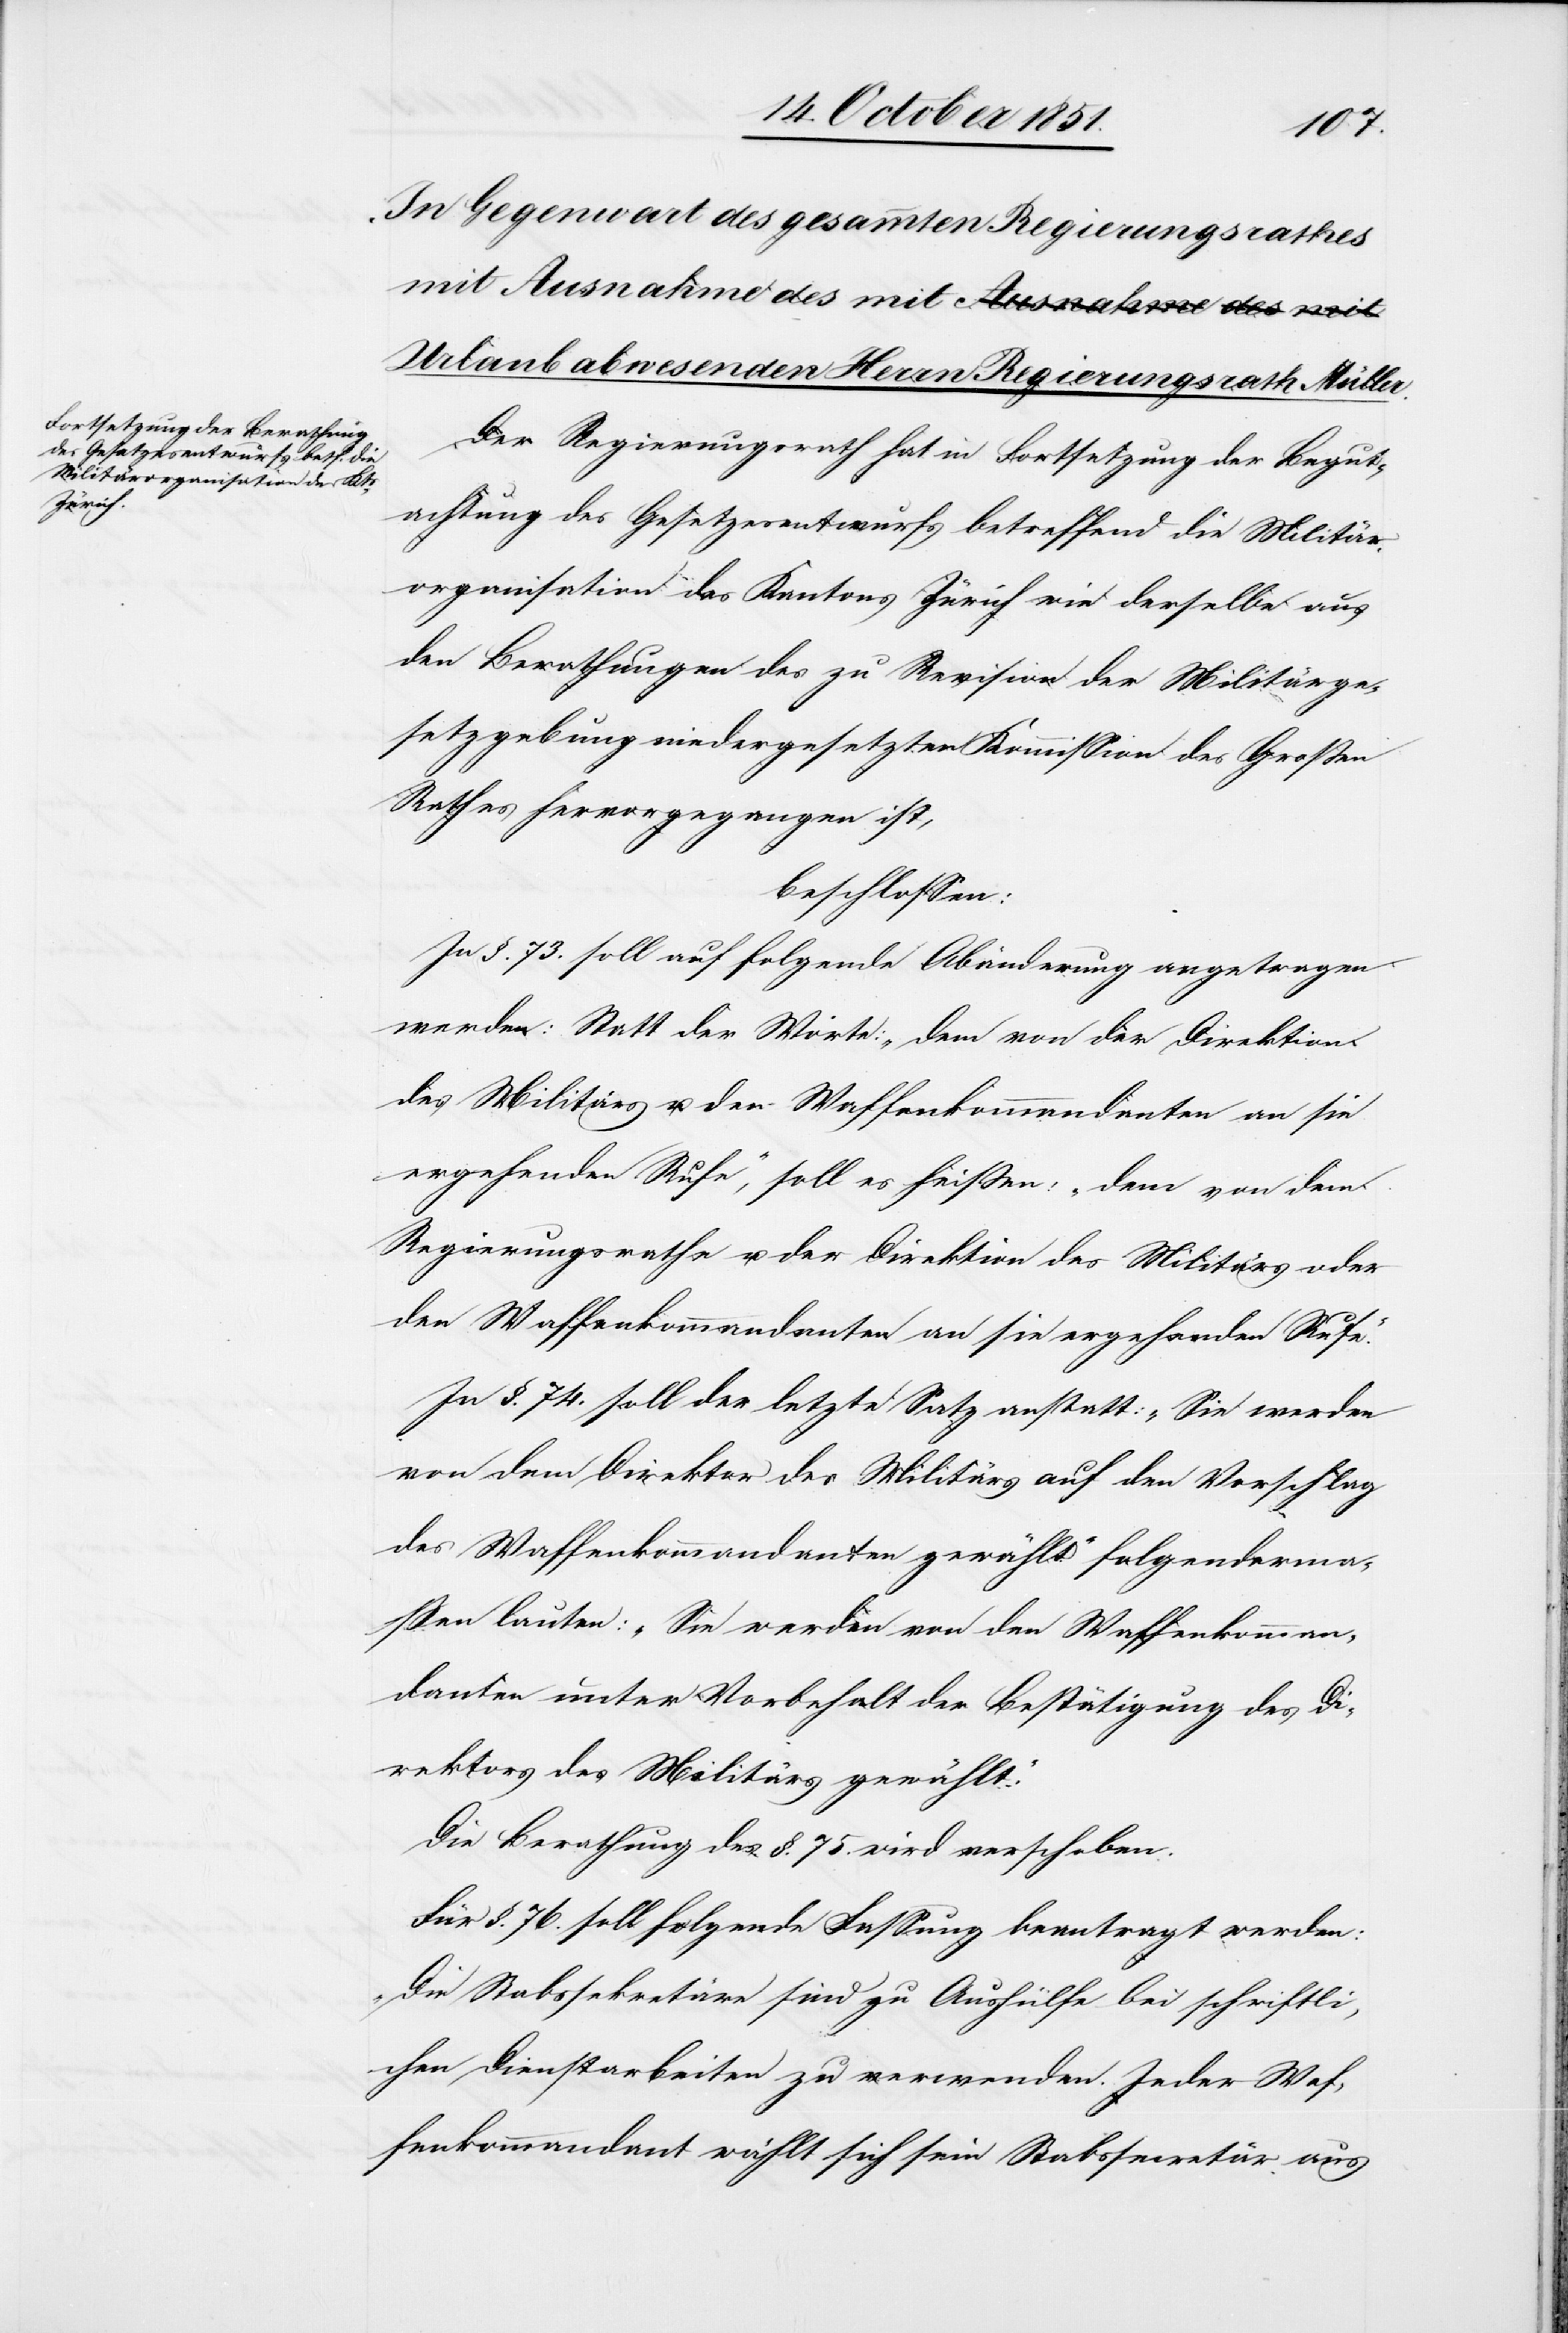
Der Regierungsrath hat in Fortsetzung der Begut¬
achtung des Gesetzesentwurfs betreffend die Militär¬
organisation des Kantons Zürich wie derselbe aus
den Berathungen des zu Revision der Militärge¬
setzgebung niedergesetzten Kommission des Großen
Rathes hervorgegangen ist,
beschlossen:
In §. 73. soll auf folgende Abänderung angetragen
werden: Statt der Worte: „dem von der Direktion
des Militärs u. den Waffenkommandanten an sie
ergehenden Rufe“, soll es heißen: „dem von dem
Regierungsrathe u. der Direktion des Militärs oder
den Waffenkommandanten an sie ergehende Rufe.“
In §. 74. soll der letzte Satz anstatt: „Sie werden
von dem Direktor des Militärs auf den Vorschlag
des Waffenkommandanten gewählt.“ folgenderma¬
ßen lauten: „Sie werden von den Waffenkomman¬
danten unter Vorbehalt der Bestätigung des Di¬
rektors des Militärs gewählt.“
Die Berathung des §. 75. wird verschoben.
Für §. 76. soll folgende Fassung beantragt werden:
„Die Stabssekretäre sind zu Aushülfe bei schriftli¬
chen Dienstarbeiten zu verwenden. Jeder Waf¬
fenkommandant wählt sich sein Stabssecretär aus